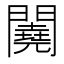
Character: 𨷁